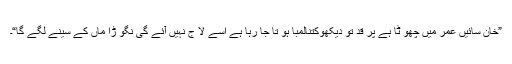
”خان سائیں عمر میں چھو ٹا ہے پر قد تو دیکھوکتنالمبا ہو تا جا رہا ہے اِسے لا ج نہیں آئے گی نگو ڑا ماں کے سینے لگے گا“۔